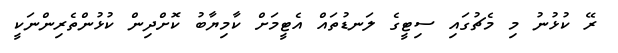
ރޭ ކުޅުނު މި މެޗުގައި ސިޓީގެ ލަނޑުތައް އެޓީމަށް ކާމިޔާބު ކޮށްދިން ކުޅުންތެރިންނަކީ